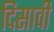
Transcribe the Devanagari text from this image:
दिसावी